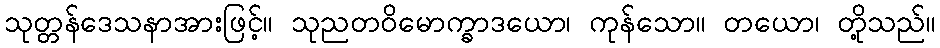
သုတ္တန်ဒေသနာအားဖြင့်။ သုညတဝိမောက္ခာဒယော၊ ကုန်သော။ တယော၊ တို့သည်။